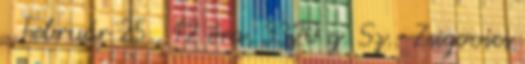
. Február 25., 12 óra, 3320 g. Sz.: Zsigovics